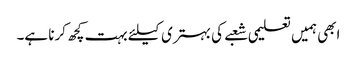
ابھی ہمیں تعلیمی شعبے کی بہتری کیلئے بہت کچھ کرنا ہے۔